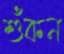
শুঁকন